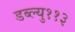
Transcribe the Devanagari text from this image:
डब्ल्यु११३